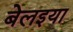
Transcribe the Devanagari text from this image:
बेलइया